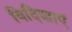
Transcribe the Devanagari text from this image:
विदिशाएं